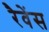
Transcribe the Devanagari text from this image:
रैवेंस